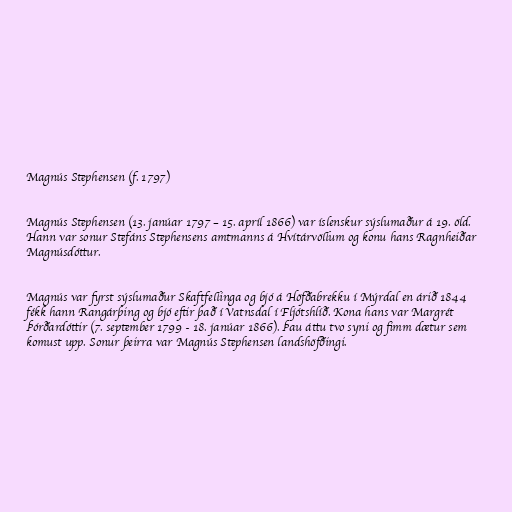
Magnús Stephensen (f. 1797)

Magnús Stephensen (13. janúar 1797 – 15. apríl 1866) var íslenskur sýslumaður á 19. öld.
Hann var sonur Stefáns Stephensens amtmanns á Hvítárvöllum og konu hans Ragnheiðar
Magnúsdóttur.

Magnús var fyrst sýslumaður Skaftfellinga og bjó á Höfðabrekku í Mýrdal en árið 1844
fékk hann Rangárþing og bjó eftir það í Vatnsdal í Fljótshlíð. Kona hans var Margrét
Þórðardóttir (7. september 1799 - 18. janúar 1866). Þau áttu tvo syni og fimm dætur sem
komust upp. Sonur þeirra var Magnús Stephensen landshöfðingi.